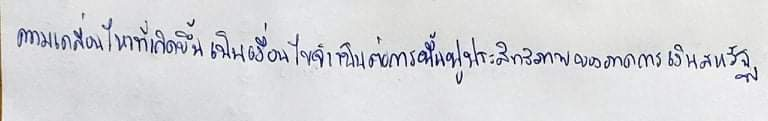
ความเคลื่อนไหวที่เกิดขึ้นเป็นเงื่อนไขจำเป็นต่อการฟื้นฟูประสิทธิภาพของภาคการเงินสหรัฐ